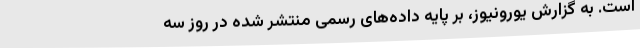
است. به گزارش یورونیوز، بر پایه داده‌های رسمی منتشر شده در روز سه